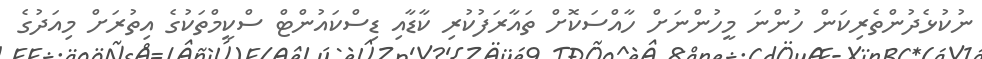
ނުކުޅެދުންތެރިކަން ހުންނަ މީހުންނަށް ހާއްސަކޮށް ތައާރަފުކުރި ކާޑާއި ޑިސްކައުންޓް ސްކީމްތަކުގެ އިތުރަށް މިއަދުގެ